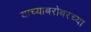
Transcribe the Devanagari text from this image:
याच्याबरोबरच्या